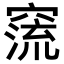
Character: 𥧕